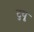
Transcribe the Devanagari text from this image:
टुयू